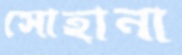
সোহানা